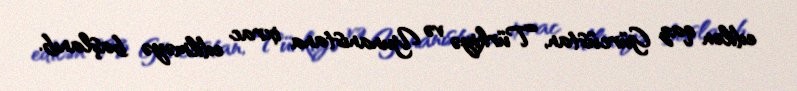
edilən qaz Gürcüstan, Türkiyə və Yunanıstana ixrac edilməyə başlanıb.